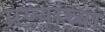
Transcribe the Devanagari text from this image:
प्रण्यांच्या